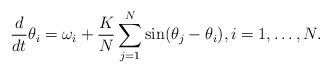
\begin{align*}\frac{d}{dt}\theta_i=\omega_i+\frac{K}{N}\sum_{j=1}^N\sin(\theta_j-\theta_i), i=1,\ldots,N. \end{align*}